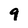
Character: 9